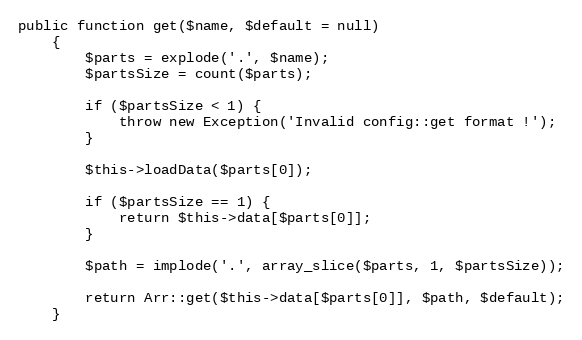
Language: PHP
public function get($name, $default = null)
    {
        $parts = explode('.', $name);
        $partsSize = count($parts);

        if ($partsSize < 1) {
            throw new Exception('Invalid config::get format !');
        }

        $this->loadData($parts[0]);

        if ($partsSize == 1) {
            return $this->data[$parts[0]];
        }

        $path = implode('.', array_slice($parts, 1, $partsSize));

        return Arr::get($this->data[$parts[0]], $path, $default);
    }